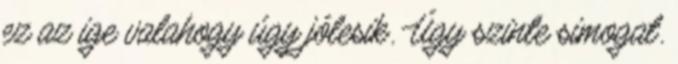
ez az ige valahogy úgy jólesik. Úgy szinte simogat.